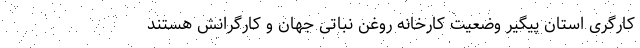
کارگری استان پیگیر وضعیت کارخانه روغن نباتی جهان و کارگرانش هستند